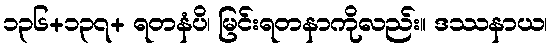
၁၃၆+၁၃၇+ ရတနံပိ၊ မြင်းရတနာကိုလည်း။ ဒဿနာယ၊